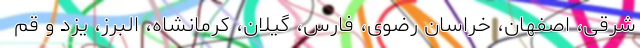
شرقی، اصفهان، خراسان رضوی، فارس، گیلان، کرمانشاه، البرز، یزد و قم